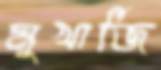
মুখার্জি